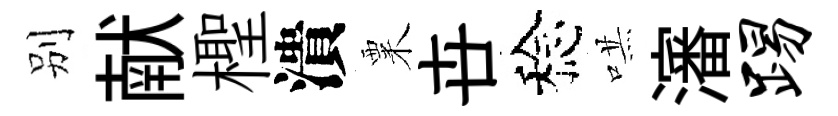
别献檉潰粟卋稔哄瀋踢